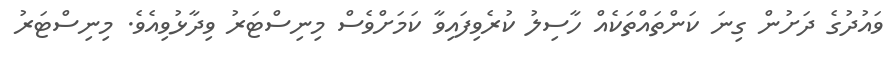
ވައުދުގެ ދަށުން ގިނަ ކަންތައްތަކެއް ހާސިލު ކުރެވިފައިވާ ކަމަށްވެސް މިނިސްޓަރު ވިދާޅުވިއެވެ. މިނިސްޓަރު